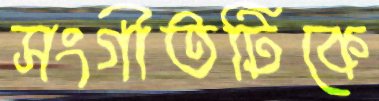
সংগীতটিকে